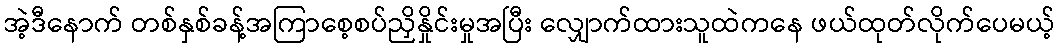
အဲ့ဒီနောက် တစ်နှစ်ခန့်အကြာစေ့စပ်ညှိနှိုင်းမှုအပြီး လျှောက်ထားသူထဲကနေ ဖယ်ထုတ်လိုက်ပေမယ့်